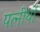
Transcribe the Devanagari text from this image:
पत्नीयों